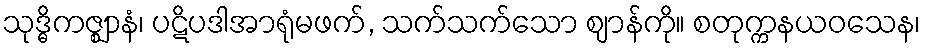
သုဒ္ဓိကဇ္ဈာနံ၊ ပဋိပဒါအာရုံမဖက်, သက်သက်သော ဈာန်ကို။ စတုက္ကနယဝသေန၊